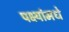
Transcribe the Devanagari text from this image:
पक्ष्यांमधे